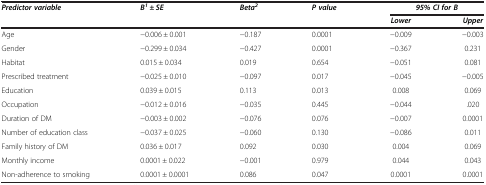
<table><thead><tr><td><b><i>Predictor variable</i></b></td><td><b><i>B</i><sup><i>1</i></sup> <i>± SE</i></b></td><td><b><i>Beta</i><sup><i>2</i></sup></b></td><td><b><i>P value</i></b></td><td colspan="2"><b><i>95% CI for B</i></b></td></tr><tr><td><b> </b></td><td><b> </b></td><td><b> </b></td><td><b> </b></td><td><b><i>Lower</i></b></td><td><b><i>Upper</i></b></td></tr></thead><tbody><tr><td>Age</td><td>-0.006 ± 0.001</td><td>-0.187</td><td>0.0001</td><td>-0.009</td><td>-0.003</td></tr><tr><td>Gender</td><td>-0.299 ± 0.034</td><td>-0.427</td><td>0.0001</td><td>-0.367</td><td>0.231</td></tr><tr><td>Habitat</td><td>0.015 ± 0.034</td><td>0.019</td><td>0.654</td><td>-0.051</td><td>0.081</td></tr><tr><td>Prescribed treatment</td><td>-0.025 ± 0.010</td><td>-0.097</td><td>0.017</td><td>-0.045</td><td>-0.005</td></tr><tr><td>Education</td><td>0.039 ± 0.015</td><td>0.113</td><td>0.013</td><td>0.008</td><td>0.069</td></tr><tr><td>Occupation</td><td>-0.012 ± 0.016</td><td>-0.035</td><td>0.445</td><td>-0.044</td><td>.020</td></tr><tr><td>Duration of DM</td><td>-0.003 ± 0.002</td><td>-0.076</td><td>0.076</td><td>-0.007</td><td>0.0001</td></tr><tr><td>Number of education class</td><td>-0.037 ± 0.025</td><td>-0.060</td><td>0.130</td><td>-0.086</td><td>0.011</td></tr><tr><td>Family history of DM</td><td>0.036 ± 0.017</td><td>0.092</td><td>0.030</td><td>0.004</td><td>0.069</td></tr><tr><td>Monthly income</td><td>0.0001 ± 0.022</td><td>-0.001</td><td>0.979</td><td>0.044</td><td>0.043</td></tr><tr><td>Non-adherence to smoking</td><td>0.0001 ± 0.0001</td><td>0.086</td><td>0.047</td><td>0.0001</td><td>0.0001</td></tr></tbody></table>